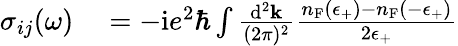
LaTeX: \begin{array}{rl}{\sigma_{ij}(\omega)}&{{}=-\mathrm{i}e^{2}\hbar\int\frac{\mathrm{d}^{2}\mathbf{k}}{(2\pi)^{2}}\frac{n_{\mathrm{F}}(\epsilon_{+})-n_{\mathrm{F}}(-\epsilon_{+})}{2\epsilon_{+}}}\end{array}